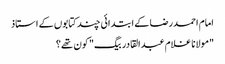
امام احمدرضا کے ابتدائی چند کتابوں کے استاذ
"مولانا غلام عبدالقادر بیگ" کون تھے؟